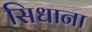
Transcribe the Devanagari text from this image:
सिधाना